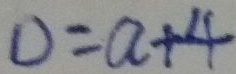
0 = a + 4